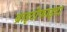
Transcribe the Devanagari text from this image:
ब्राइटोफाइटा